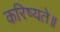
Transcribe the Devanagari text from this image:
करिष्यते॥